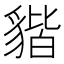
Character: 𧳧